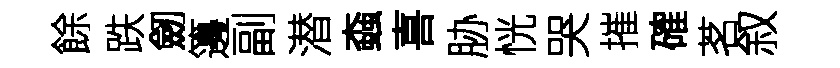
餘跌劒籩副潜螙喜胁恍哭摧確茗叙